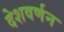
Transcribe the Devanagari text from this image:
देशवर्णन